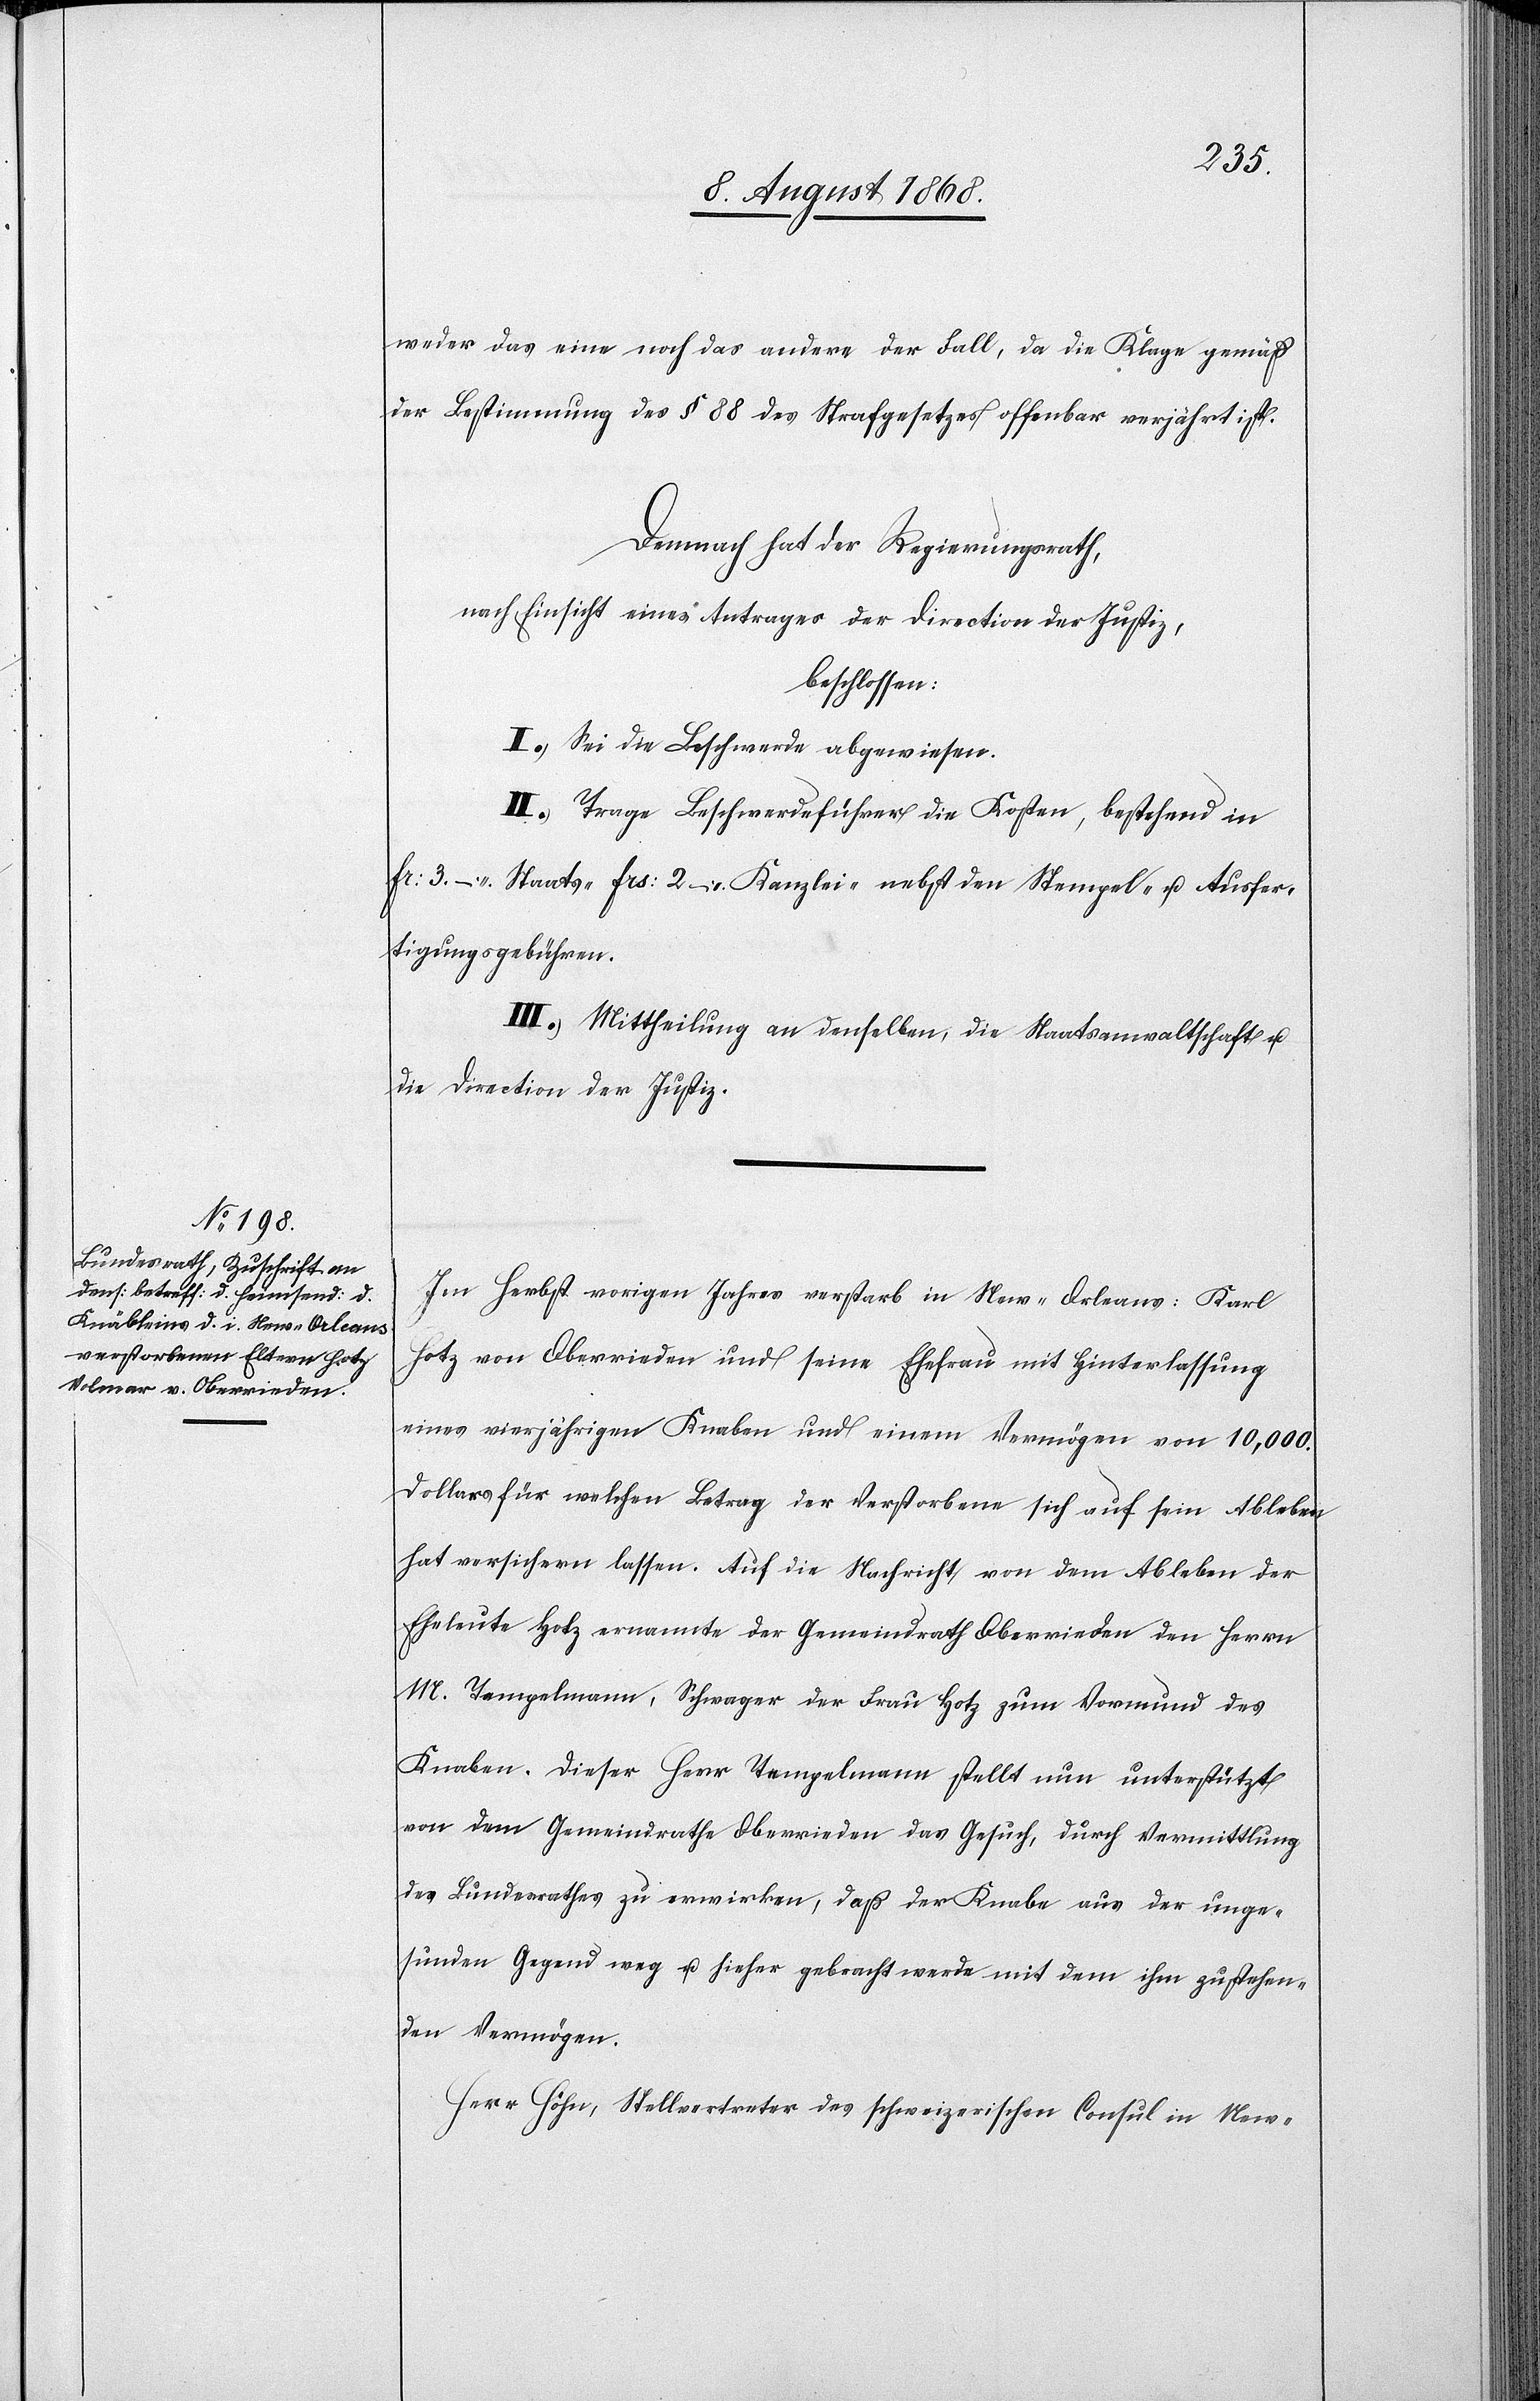
weder das eine noch das andere der Fall, da die Klage gemäß
der Bestimmung des § 88 des Strafgesetzes offenbar verjährt ist.
Demnach hat der Regierungsrath,
nach Einsicht eines Antrages der Direction der Justiz,
beschlossen:
I.) Sei die Beschwerde abgewiesen.
II.) Trage Beschwerdeführer die Kosten, bestehend in
Fr: 3. – Staats-[,] Frs: 2 – Kanzlei-[,] nebst den Stempel- u. Ausfer¬
tigungsgebühren.
III.) Mittheilung an denselben, die Staatsanwaltschaft u.
die Direction der Justiz.
Im Herbst vorigen Jahres verstarb in New-Orleans: Karl
Hotz von Oberrieden und seine Ehefrau mit Hinterlassung
eines vierjährigen Knaben und einem Vermögen von 10,000.
Dollars für welchen Betrag der Verstorbene sich auf sein Ableben
hat versichern lassen. Auf die Nachricht von dem Ableben der
Eheleute Hotz ernannte der Gemeindrath Oberrieden den Herrn
M. Tempelmann, Schwager der Frau Hotz zum Vormund des
Knaben. Dieser Herr Tempelmann stellt nun unterstützt
von dem Gemeindrathe Oberrieden das Gesuch, durch Vermittlung
des Bundesrathes zu erwirken, daß der Knabe aus der unge¬
sunden Gegend weg u. hieher gebracht werde mit dem ihm zustehen¬
den Vermögen.
Herr Höhn, Stellvertreter des schweizerischen Consul in New-